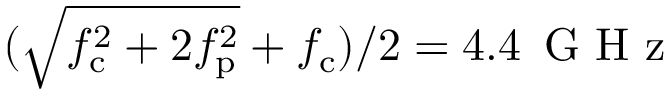
( \sqrt { f _ { \mathrm { c } } ^ { 2 } + 2 f _ { \mathrm { p } } ^ { 2 } } + f _ { \mathrm { c } } ) / 2 = 4 . 4 \, \mathrm { ~ G ~ H ~ z ~ }